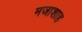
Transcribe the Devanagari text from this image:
मजाशाह